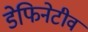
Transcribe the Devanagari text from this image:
डेफिनेटीव